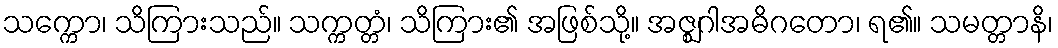
သက္ကော၊ သိကြားသည်။ သက္ကတ္တံ၊ သိကြား၏ အဖြစ်သို့။ အဇ္ဈဂါအဓိဂတော၊ ရ၏။ သမတ္တာနိ၊